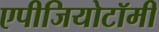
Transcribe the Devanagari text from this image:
एपीजियोटॉमी